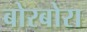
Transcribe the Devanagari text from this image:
बोरबोरा